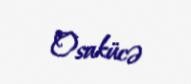
Osakücə